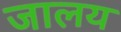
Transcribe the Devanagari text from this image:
जालय